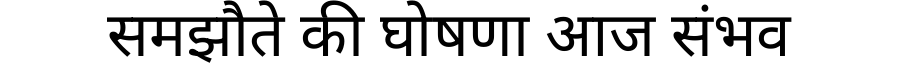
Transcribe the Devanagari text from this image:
समझौते की घोषणा आज संभव